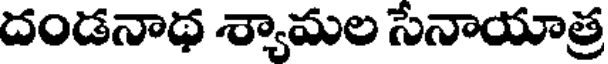
దండనాథ శ్యామల సేనాయాత్ర